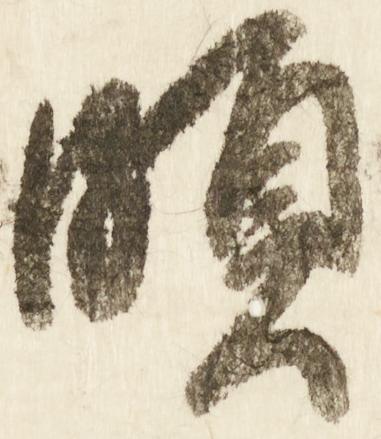
頗